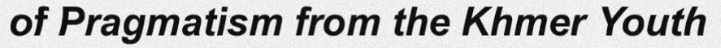
of Pragmatism from the Khmer Youth